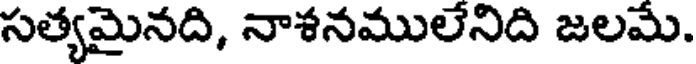
సత్యమైనది, నాశనములేనిది జలమే.